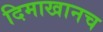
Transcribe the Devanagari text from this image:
दिमाखानच